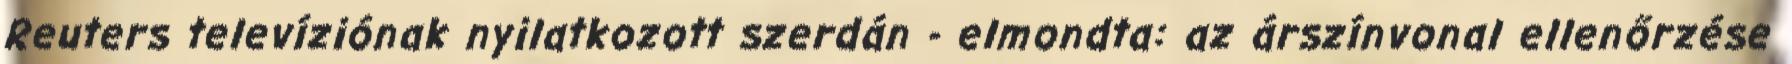
Reuters televíziónak nyilatkozott szerdán - elmondta: az árszínvonal ellenőrzése